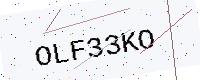
Text: OLF33KO